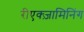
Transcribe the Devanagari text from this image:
रीएक्ज़ामिनिंग